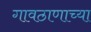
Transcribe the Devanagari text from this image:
गावठाणाच्या